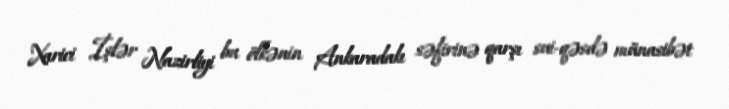
Xarici İşlər Nazirliyi bu ölkənin Ankaradakı səfirinə qarşı sui-qəsdə münasibət